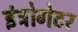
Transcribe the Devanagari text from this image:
इंट्रोगेटर